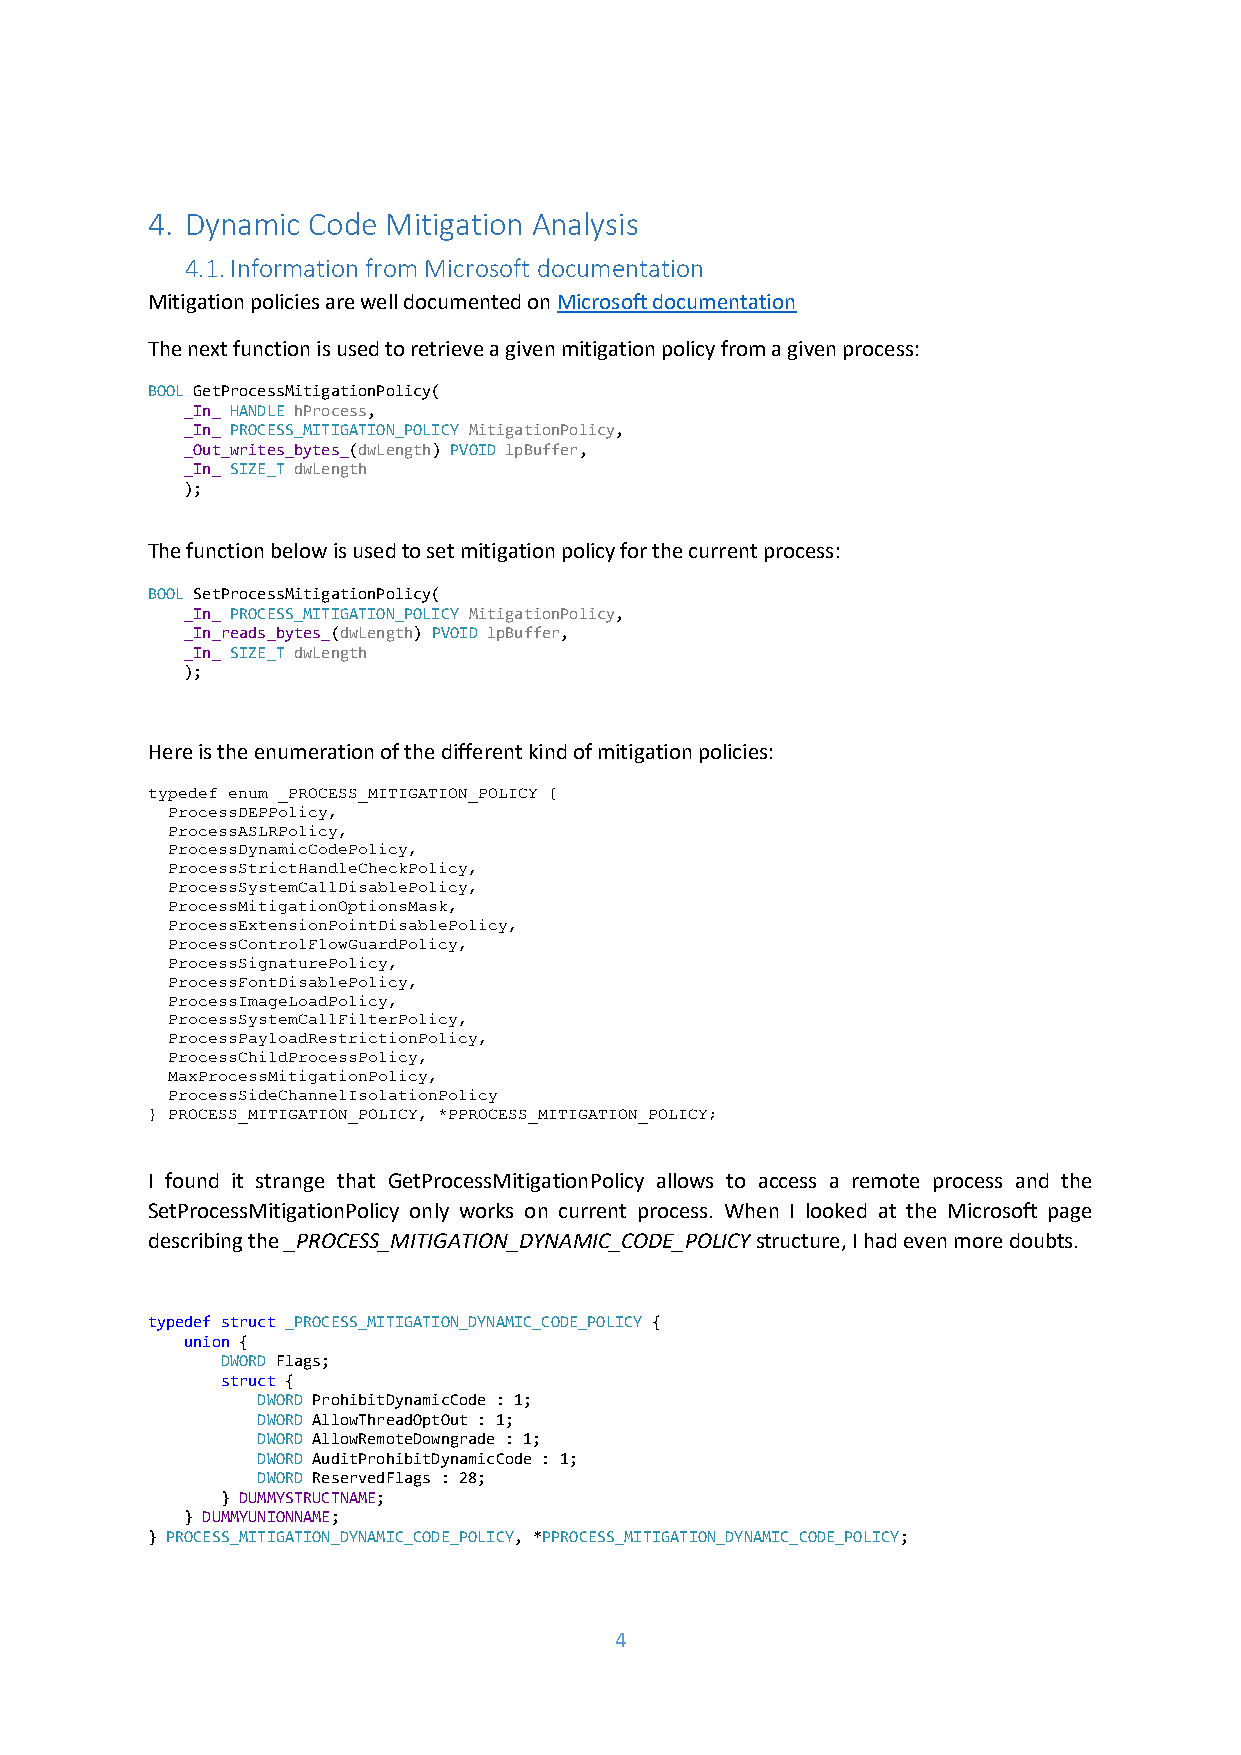
4. Dynamic Code Mitigation Analysis
 4.1. Information from Microsoft documentation
 Mitigation policies are well documented on Microsoft documentation
 The next function is used to retrieve a given mitigation policy from a given process:
 BOOL GetProcessMitigationPolicy(
 _In_ HANDLE hProcess,
 _In_ PROCESS_MITIGATION_POLICY MitigationPolicy,
 _Out_writes_bytes_(dwLength) PVOID lpBuffer,
 _In_ SIZE_T dwLength
 );
 The function below is used to set mitigation policy for the current process:
 BOOL SetProcessMitigationPolicy(
 _In_ PROCESS_MITIGATION_POLICY MitigationPolicy,
 _In_reads_bytes_(dwLength) PVOID lpBuffer,
 _In_ SIZE_T dwLength
 );
 Here is the enumeration of the different kind of mitigation policies:
 typedef enum _PROCESS_MITIGATION_POLICY {
 ProcessDEPPolicy,
 ProcessASLRPolicy,
 ProcessDynamicCodePolicy,
 ProcessStrictHandleCheckPolicy,
 ProcessSystemCallDisablePolicy,
 ProcessMitigationOptionsMask,
 ProcessExtensionPointDisablePolicy,
 ProcessControlFlowGuardPolicy,
 ProcessSignaturePolicy,
 ProcessFontDisablePolicy,
 ProcessImageLoadPolicy,
 ProcessSystemCallFilterPolicy,
 ProcessPayloadRestrictionPolicy,
 ProcessChildProcessPolicy,
 MaxProcessMitigationPolicy,
 ProcessSideChannelIsolationPolicy
 } PROCESS_MITIGATION_POLICY, *PPROCESS_MITIGATION_POLICY;
 I found it strange that GetProcessMitigationPolicy allows to access a remote process and the
 SetProcessMitigationPolicy only works on current process. When I looked at the Microsoft page
 describing the _PROCESS_MITIGATION_DYNAMIC_CODE_POLICY structure, I had even more doubts.
 typedef struct _PROCESS_MITIGATION_DYNAMIC_CODE_POLICY {
 union {
 DWORD Flags;
 struct {
 DWORD ProhibitDynamicCode : 1;
 DWORD AllowThreadOptOut : 1;
 DWORD AllowRemoteDowngrade : 1;
 DWORD AuditProhibitDynamicCode : 1;
 DWORD ReservedFlags : 28;
 } DUMMYSTRUCTNAME;
 } DUMMYUNIONNAME;
 } PROCESS_MITIGATION_DYNAMIC_CODE_POLICY, *PPROCESS_MITIGATION_DYNAMIC_CODE_POLICY;
 4